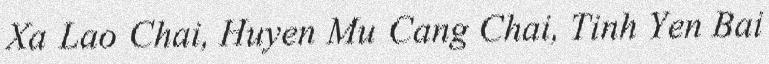
Xa Lao Chai, Huyen Mu Cang Chai, Tinh Yen Bai